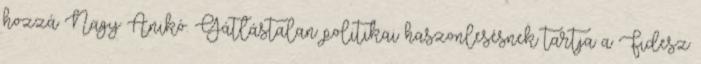
hozzá Nagy Anikó. Gátlástalan politikai haszonlesésnek tartja a Fidesz